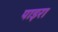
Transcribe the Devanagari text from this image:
पाइरा